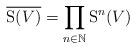
LaTeX: \begin{align*}\overline{\mathrm{S}(V)} = \prod_{n \in \mathbb{N}} \mathrm{S}^n(V)\end{align*}